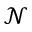
\mathcal { N }